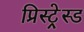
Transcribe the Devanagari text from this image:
प्रिस्ट्रेस्ड